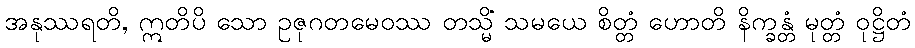
အနုဿရတိ, ဣတိပိ သော ဥဇုဂတမေဝဿ တသ္မိံ သမယေ စိတ္တံ ဟောတိ နိက္ခန္တံ မုတ္တံ ဝုဋ္ဌိတံ